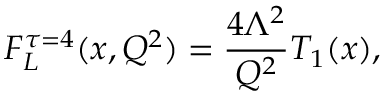
F _ { L } ^ { \tau = 4 } ( x , Q ^ { 2 } ) = \frac { 4 \Lambda ^ { 2 } } { Q ^ { 2 } } T _ { 1 } ( x ) ,